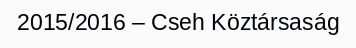
2015/2016 – Cseh Köztársaság